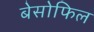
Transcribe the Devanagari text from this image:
बेसोफिल